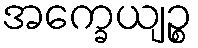
အက္ခေယျဉ္စ